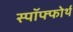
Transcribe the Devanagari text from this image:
स्पॉफ्फोर्थ